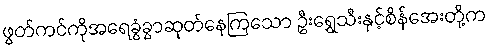
ဖွတ်ကင်ကိုအရေခွံခွာဆုတ်နေကြသော ဦးရွှေသီးနှင့်စိန်အေးတို့က